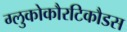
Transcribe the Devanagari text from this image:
ग्लुकोकौरटिकौडस